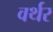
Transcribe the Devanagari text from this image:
वर्थर